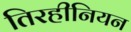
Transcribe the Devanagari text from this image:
तिरहीनियन